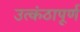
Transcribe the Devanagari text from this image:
उत्कंठापूर्ण